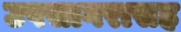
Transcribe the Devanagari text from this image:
उपसागरासह